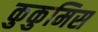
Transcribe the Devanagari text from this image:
कुकुमिस